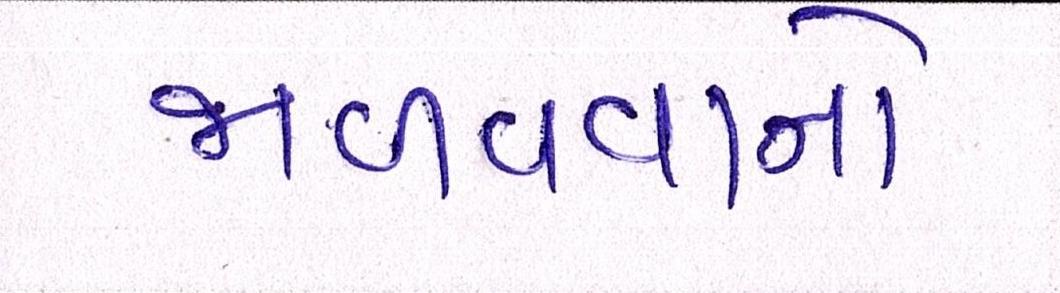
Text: જાળવવાનો